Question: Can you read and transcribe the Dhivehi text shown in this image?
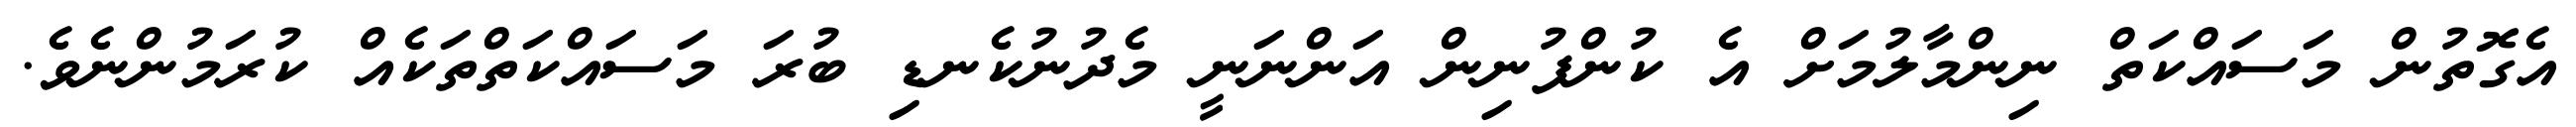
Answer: އެގޮތުން މަސައްކަތް ނިންމާލުމަށް އެ ކުންފުނިން އަންނަނީ މެދުނުކެނޑި ބުރަ މަސައްކަތްތަކެއް ކުރަމުންނެވެ.